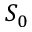
S _ { 0 }